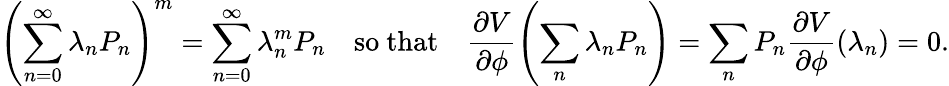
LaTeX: \left(\sum_{n=0}^{\infty}\lambda_{n}P_{n}\right)^{m}=\sum_{n=0}^{\infty}\lambda_{n}^{m}P_{n}\quad\mathrm{so~that}\quad\frac{\partial V}{\partial\phi}\left(\sum_{n}\lambda_{n}P_{n}\right)=\sum_{n}P_{n}\frac{\partial V}{\partial\phi}(\lambda_{n})=0.